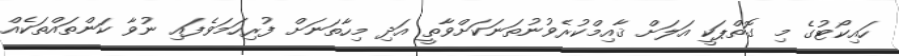
ހައިކޯޓުގެ މި ގޮތްޕަކީ އަލަށް ޤާއިމްކުރެވުނުތަނަކަށްވާތީ އަދި މިހާތަނަށް ފުރިހަމަވެފައި ނުވާ ކަންތައްތަކެއް